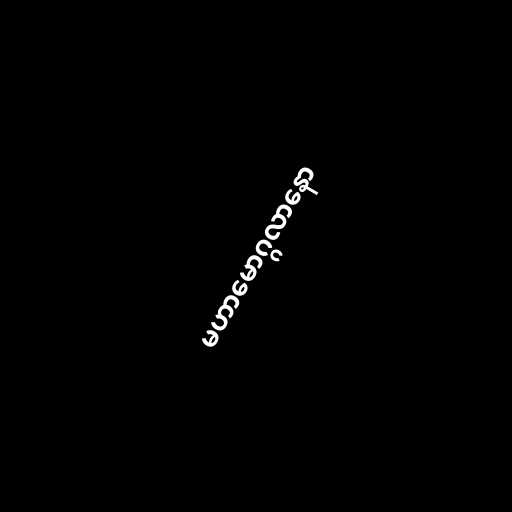
မဟာမောဂ္ဂလာနော